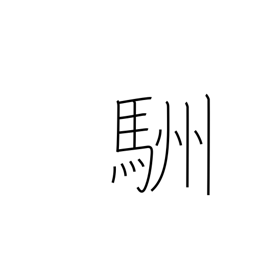
Meaning: horse's tail